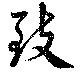
致